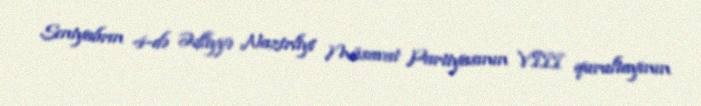
Sentyabrın 4-də Ədliyyə Nazirliyi Müsavat Partiyasının VIII qurultayının